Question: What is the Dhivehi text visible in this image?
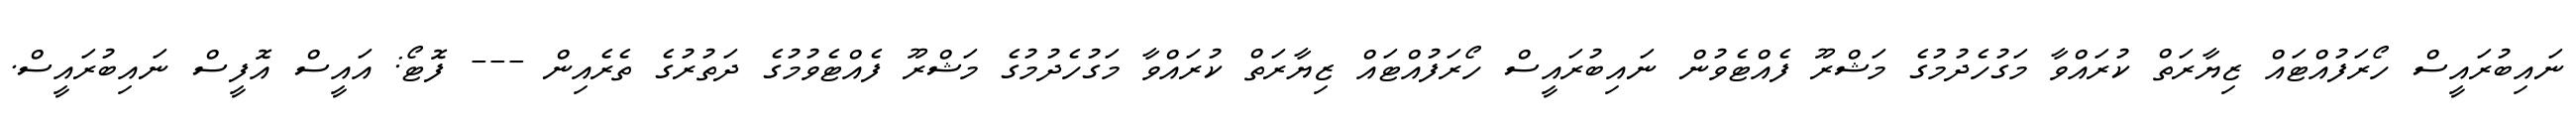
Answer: ނައިބުރައީސް ހޯރަފުއްޓައް ޒިޔާރަތް ކުރައްވާ މަގުހެދުމުގެ މަޝްރޫ ފެއްޓެވުން ނައިބުރައީސް ހޯރަފުއްޓައް ޒިޔާރަތް ކުރައްވާ މަގުހެދުމުގެ މަޝްރޫ ފެއްޓެވުމުގެ ދަތުރުގެ ތެރެއިން --- ފޮޓޯ: އައީސް އޮފީސް ނައިބުރައީސް.